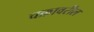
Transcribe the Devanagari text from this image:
चक्रावरील